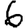
Digit: 6